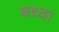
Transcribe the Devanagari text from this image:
बध्वा